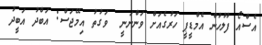
އެސްއޯ ފުލުހުން އެމްޑީޕީ ހަރުގެއަށް ވަންނަނީ  ވަގުތު އިމޭޖަސް: އަބްދު އަބީދު